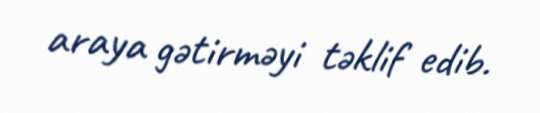
araya gətirməyi təklif edib.